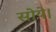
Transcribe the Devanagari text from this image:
सोये।